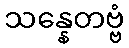
သန္နေတဗ္ဗံ